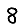
Digit: 8